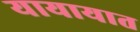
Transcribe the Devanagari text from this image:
यायायात